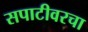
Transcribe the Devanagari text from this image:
सपाटीवरचा